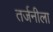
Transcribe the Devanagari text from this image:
तर्जनीला